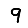
Digit: 9